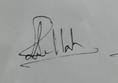
Signature authenticity: genuine